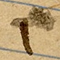
١